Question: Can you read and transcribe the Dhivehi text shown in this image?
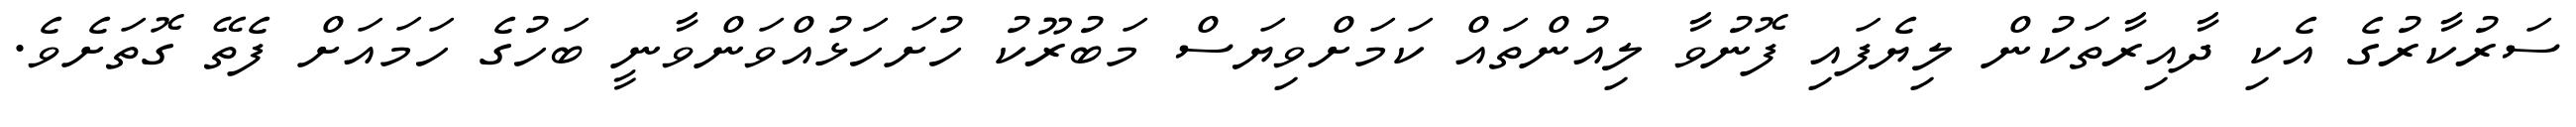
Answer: ސަރުކާރުގެ އެކި ދާއިރާތަކުން ލިޔެފައި ފޮނުވާ ލިއުންތައް ކަމަށްވިޔަސް މަބުރޫކު ހުށަހަޅުއްވަންވާނީ ބަހުގެ ހަމައަށް ފެތޭ ގޮތަށެވެ.